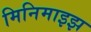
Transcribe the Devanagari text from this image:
मिनिमाइझ